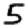
Digit: 5